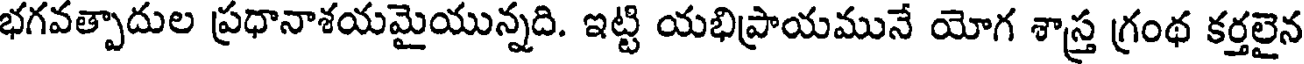
భగవత్పాదుల ప్రధానాశయమైయున్నది. ఇట్టి యభిప్రాయమునే యోగ శాస్త్ర గ్రంథ కర్తలైన